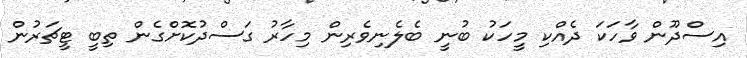
އިސްދޫން ވާހަކަ ދެއްކި މީހަކު ބުނީ ބެލެނިވެރިން މިހާރު ގަސްދުކޮށްގެން ތިބީ ޓީޗަރުން